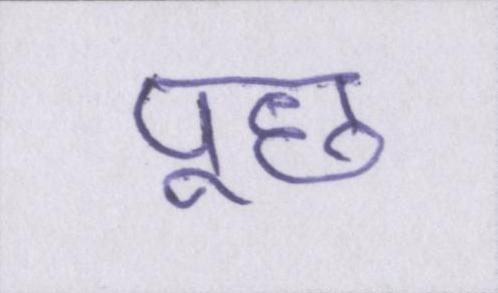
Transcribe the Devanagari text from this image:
पूछ